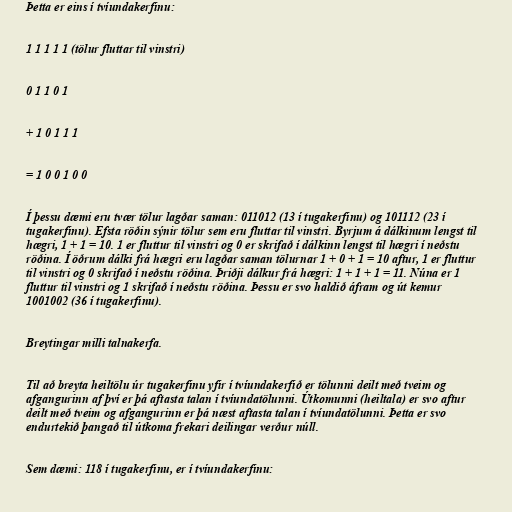
Þetta er eins í tvíundakerfinu:

1 1 1 1 1 (tölur fluttar til vinstri)

0 1 1 0 1

+ 1 0 1 1 1

= 1 0 0 1 0 0

Í þessu dæmi eru tvær tölur lagðar saman: 011012 (13 í tugakerfinu) og 101112 (23 í
tugakerfinu). Efsta röðin sýnir tölur sem eru fluttar til vinstri. Byrjum á dálkinum lengst til
hægri, 1 + 1 = 10. 1 er fluttur til vinstri og 0 er skrifað í dálkinn lengst til hægri í neðstu
röðina. Í öðrum dálki frá hægri eru lagðar saman tölurnar 1 + 0 + 1 = 10 aftur, 1 er fluttur
til vinstri og 0 skrifað í neðstu röðina. Þriðji dálkur frá hægri: 1 + 1 + 1 = 11. Núna er 1
fluttur til vinstri og 1 skrifað í neðstu röðina. Þessu er svo haldið áfram og út kemur
1001002 (36 í tugakerfinu).

Breytingar milli talnakerfa.

Til að breyta heiltölu úr tugakerfinu yfir í tvíundakerfið er tölunni deilt með tveim og
afgangurinn af því er þá aftasta talan í tvíundatölunni. Útkomunni (heiltala) er svo aftur
deilt með tveim og afgangurinn er þá næst aftasta talan í tvíundatölunni. Þetta er svo
endurtekið þangað til útkoma frekari deilingar verður núll.

Sem dæmi: 118 í tugakerfinu, er í tvíundakerfinu: